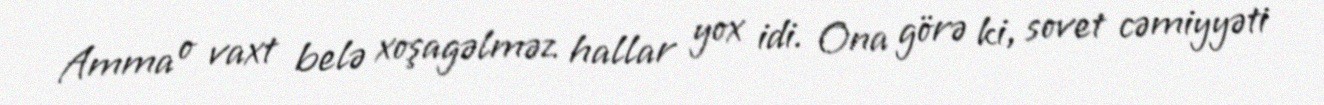
Amma o vaxt belə xoşagəlməz hallar yox idi. Ona görə ki, sovet cəmiyyəti